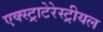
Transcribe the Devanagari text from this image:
एक्स्ट्राटेरेस्ट्रीयल